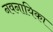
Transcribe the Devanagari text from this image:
नवनायिका